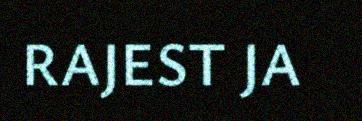
RAJEST JA